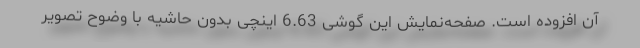
آن افزوده است. صفحه‌نمایش این گوشی 6.63 اینچی بدون حاشیه با وضوح تصویر